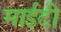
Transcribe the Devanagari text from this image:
माईटी